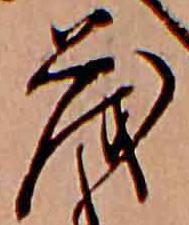
茂